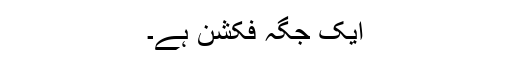
ایک جگہ فکشن ہے۔